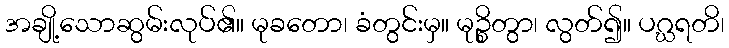
အချို့သောဆွမ်းလုပ်၏။ မုခတော၊ ခံတွင်းမှ။ မုဉ္စိတွာ၊ လွတ်၍။ ပဂ္ဃရတိ၊